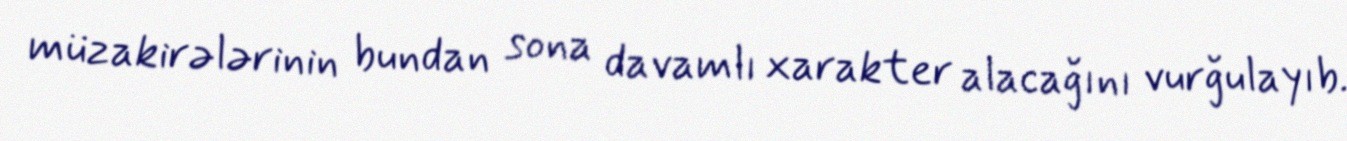
müzakirələrinin bundan sona davamlı xarakter alacağını vurğulayıb.